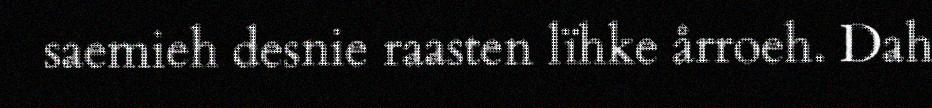
saemieh desnie raasten lïhke årroeh. Dah